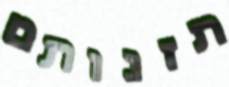
תזנותם